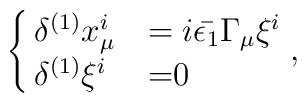
\cases{\delta^{(1)} x^i_\mu &  $= i \bar{\epsilon_1}\Gamma_\mu \xi^i $\cr\delta^{(1)} \xi ^i& =0},